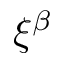
\xi ^ { \beta }